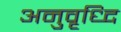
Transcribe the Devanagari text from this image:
अनुवृध्दि